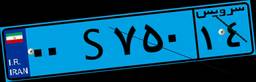
۰۷S۵۰۴۹۳